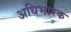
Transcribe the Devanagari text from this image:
अधिभारक